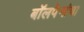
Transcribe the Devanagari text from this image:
बॉलपेनांचा